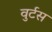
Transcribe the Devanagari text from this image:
वुर्टस